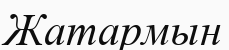
Жатармын